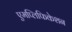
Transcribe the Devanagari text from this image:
एमप्लिफिकेशन